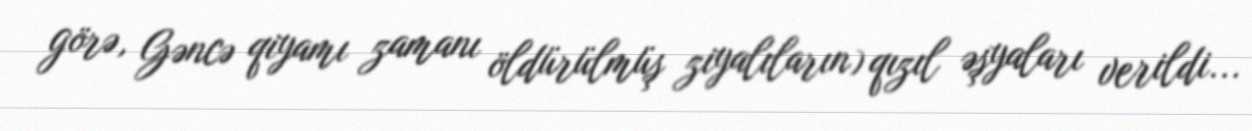
görə, Gəncə qiyamı zamanı öldürülmüş ziyalıların) qızıl əşyaları verildi...